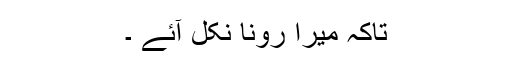
تاکہ میرا رونا نکل آئے ۔